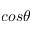
c o s \theta